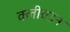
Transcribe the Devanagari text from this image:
क्लीवडन